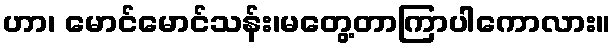
ဟာ၊ မောင်မောင်သန်း၊မတွေ့တာကြာပါကောလား။